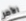
الأمر